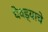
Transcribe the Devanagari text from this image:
घेवड्याचे